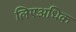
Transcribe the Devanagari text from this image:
लिएअधिक